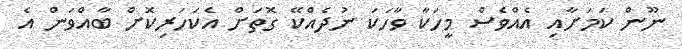
ނޫން ކަމަށާއި އެއްވެސް މީހަކާ ވާހަކަ ނުދެއްކޭ ގޮތަށް އެކަހަރިކޮށް ބާއްވަން އެ